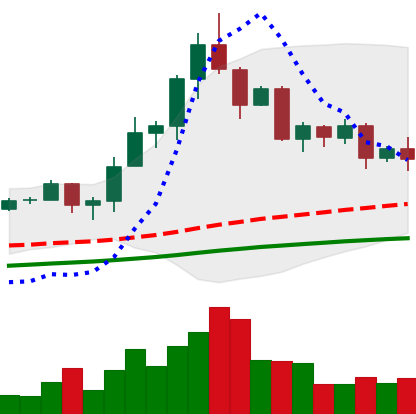
Ticker: TRX-USD
Chart end date: 2020-08-27
Forward return: 49.58%
Label: up_7plus